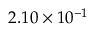
2 . 1 0 \times 1 0 ^ { - 1 }